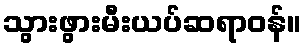
သွားဖွားမီးယပ်ဆရာဝန်။